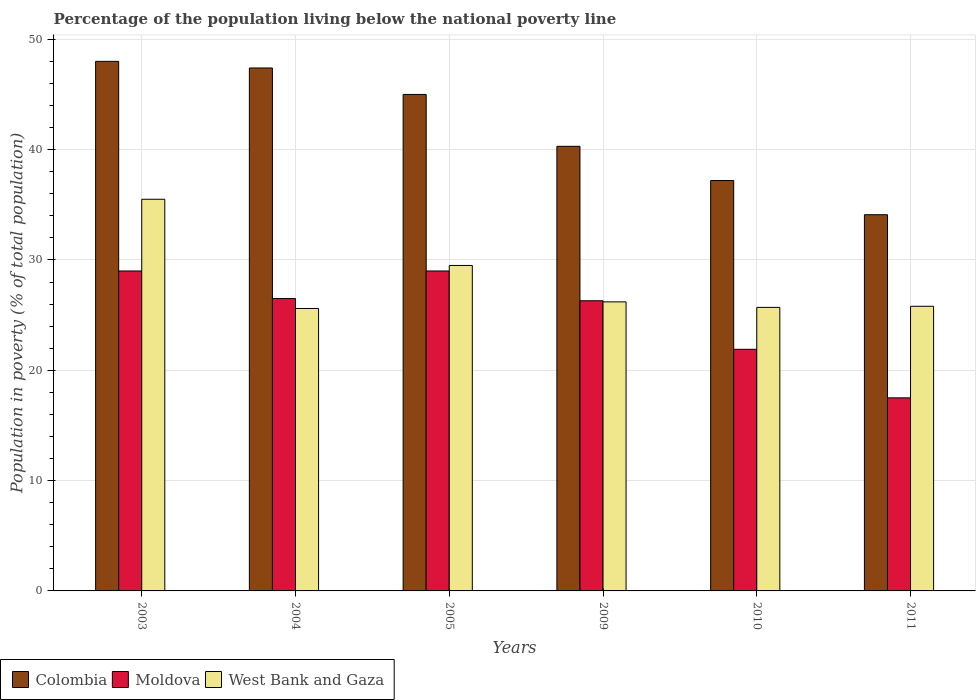
| Years | Colombia | Moldova | West Bank and Gaza |
 | --- | --- | --- | --- |
 | 2003 | 48 | 29 | 35.5 |
 | 2004 | 47.4 | 26.5 | 25.6 |
 | 2005 | 45 | 29 | 29.5 |
 | 2009 | 40.3 | 26.3 | 26.2 |
 | 2010 | 37.2 | 21.9 | 25.7 |
 | 2011 | 34.1 | 17.5 | 25.8 |